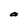
Character: a